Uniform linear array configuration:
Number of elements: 48
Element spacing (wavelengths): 0.25
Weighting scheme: hamming
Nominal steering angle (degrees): -30
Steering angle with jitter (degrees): -31.715
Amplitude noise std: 0.05
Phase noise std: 0.05

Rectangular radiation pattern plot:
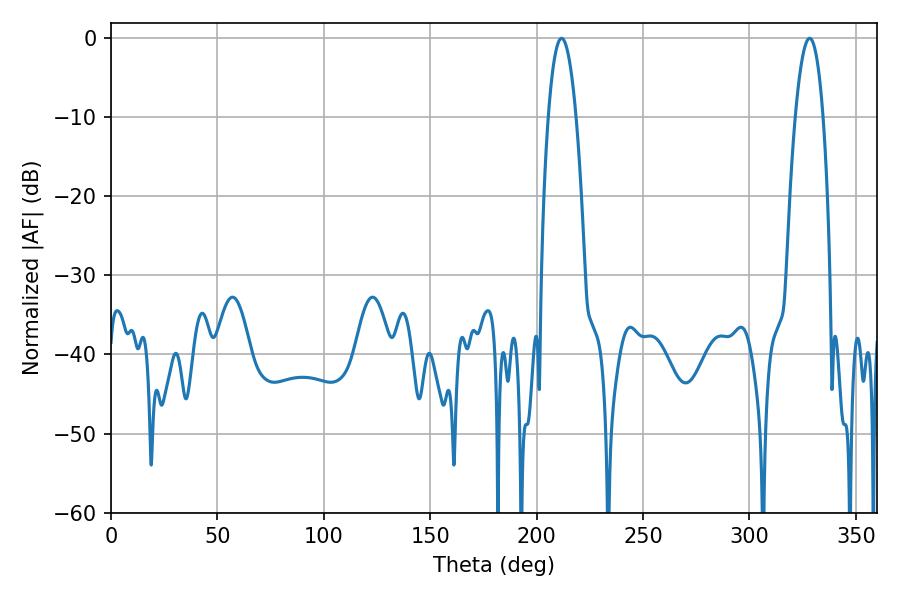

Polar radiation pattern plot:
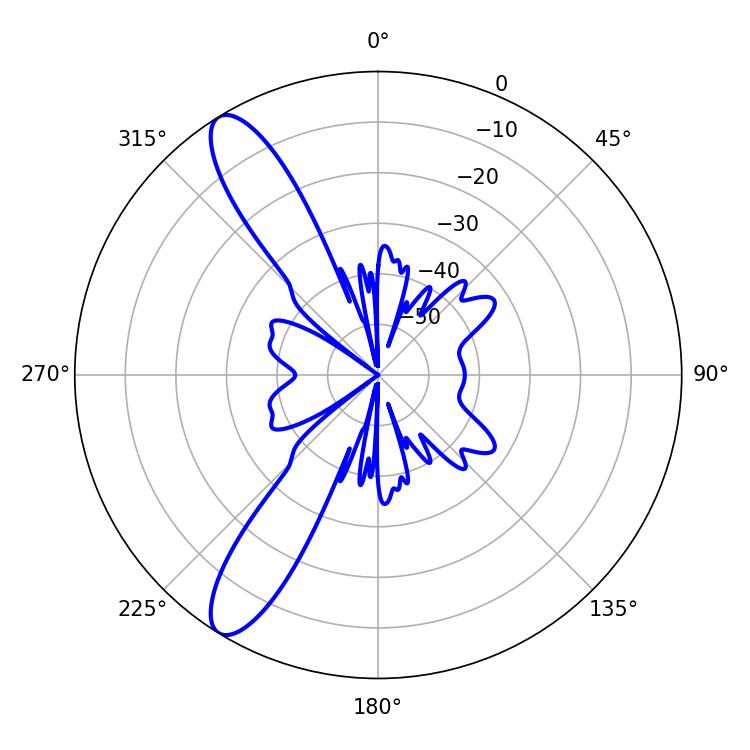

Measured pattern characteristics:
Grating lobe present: FALSE
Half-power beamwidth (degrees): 7.2
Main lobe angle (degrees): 211.68